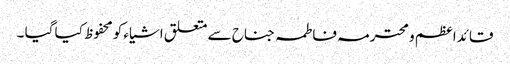
قائدا عظم و محترمہ فاطمہ جناح سے متعلق اشیاء کو محفوظ کیا گیا ۔